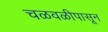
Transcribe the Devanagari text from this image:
चळवळीपासून